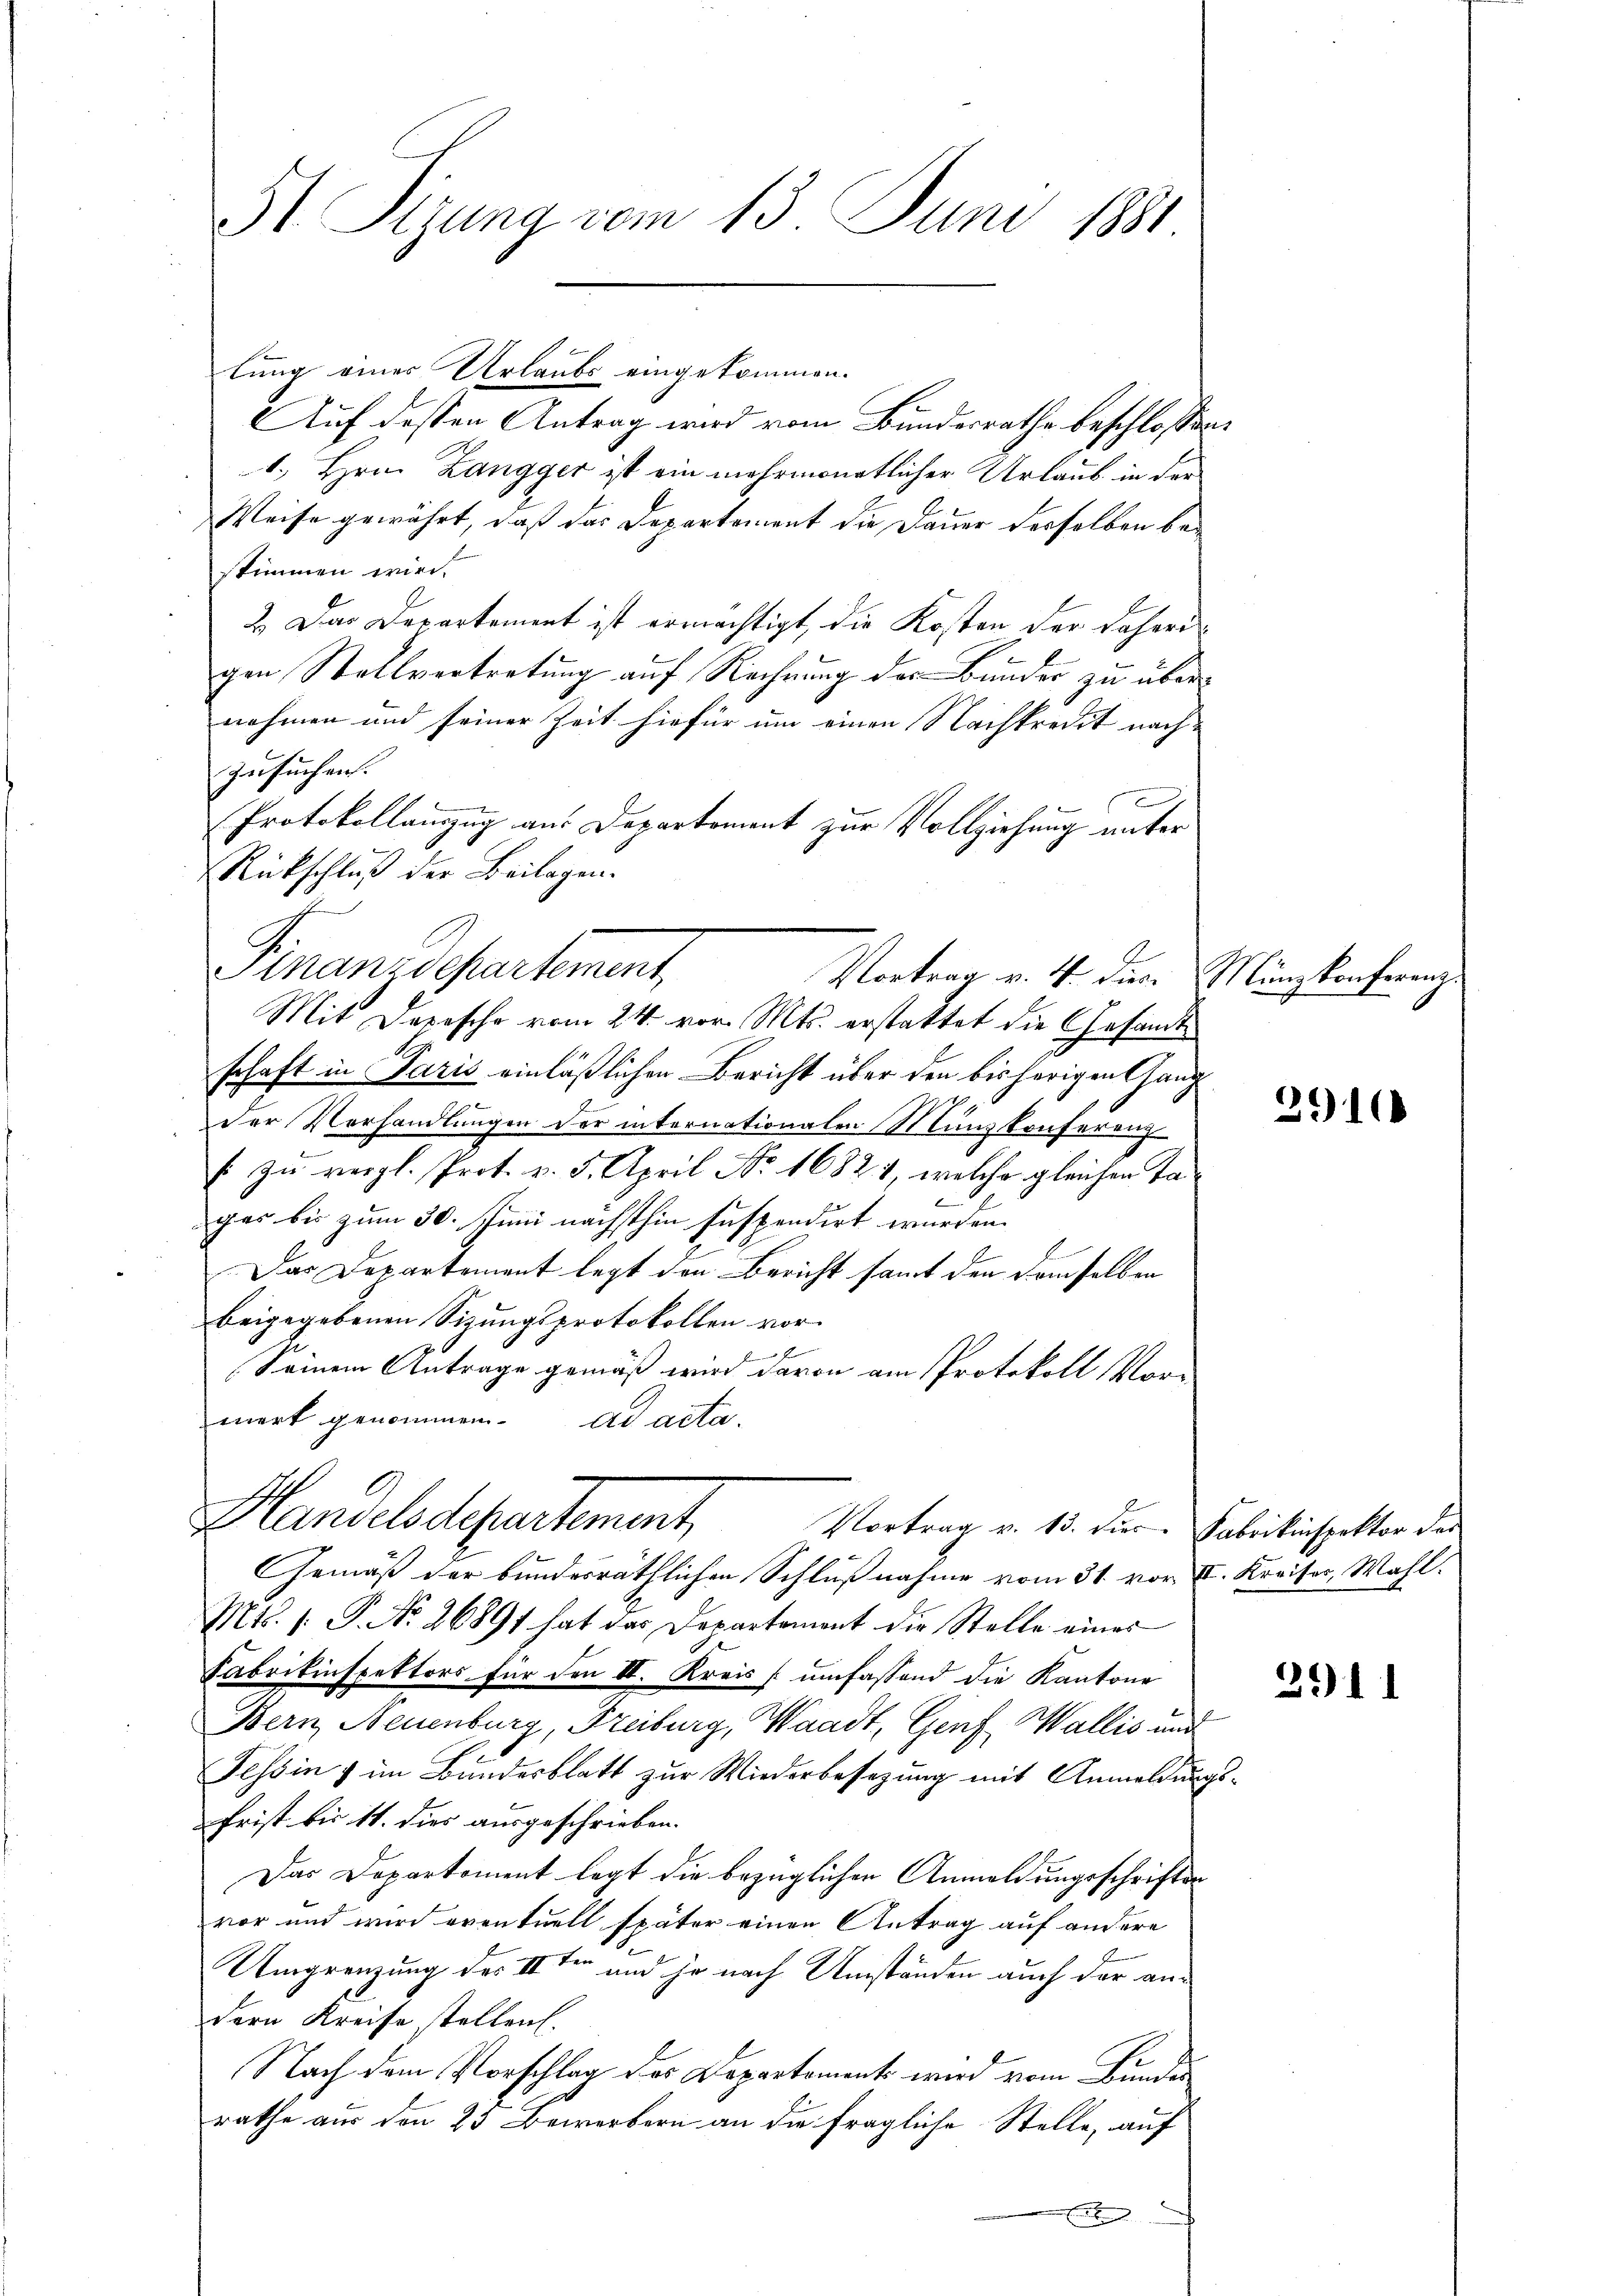
lung einer Urlaubs eingekommen.
Auf dessen Antrag wird vom Bundesrathe beschlossen:
1. Hrn. Langger ist ein mehrmonatlicher Urlaub in der
Weise gewährt, daß das Departement die Dauer desselben bestimmen wird.
2.) Das Departement ist ermächtigt, die Kosten der daherigen Stallvertretung auf Rechnung der Bunder zu übernehmen und seiner Zeit hiefür um einen Nachkredit nachzusuchen.
Protokollanzug aus Departement zur Vollziehung unter
Rückschluß der Beilagen.
Finanzdepartement,
Mit Depescho vom 24. vor. Mts. erstattet die Gesandtschaft in Paris einläßlichen Bericht über den bisherigen Gang
n
der Vorhandlungen der internationalen Münzkonferenz
s zu vergl. Prot. v. 5. April Nr 16821, welche gleichen Ta¬
2
gas bis zum 30. Juni nächsthin suspendirt wurden.
1
Das Departement legt den Bericht samt den demselben
beigegebenen Sizungsprotokollen vor.
Seinem Antrage gemäß wird davon am Protokoll Vor-
mert genommen. ad acta.
Handelsdepartement,
Vortrag v. 13. dir. Fabrikinspektor des
Gemäß der bundesräthlichen Schlußnahme vom 31. vor I. Kreises, Wahl.
Mts. s. P. Nr. 26891 hat das Departemont die Stelle eines
Fabrikinspektors für den II. Kreis umfassend die Kantone
Bern, Neuenburg, Freiburg, Waadt, Genf, Wallis und
Tessin & im Bundesblatt zur Wiederbesezung mit Anmeldungs¬
Frist bis 11. dies ausgeschrieben.
Das Departement legt die bezüglichen Anmeldungsschriften
vor und wird eventuell später einen Antrag auf andere
Umgrenzung des II ten und je nach Umständen auch der andern Kreise stellen.
Nach dem Vorschlag des Departements wird vom Bundes
rathe aus den 23 Bewerbern an die fragliche Stelle, auf
A

31 Stzung vom 13. Juni 1881.

Vortrag v. 4. dies Münzkonferenz.

2910

3911